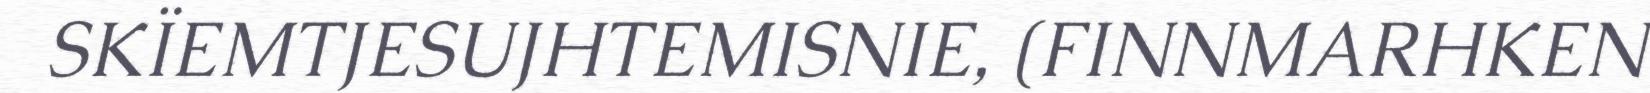
SKÏEMTJESUJHTEMISNIE, (FINNMARHKEN